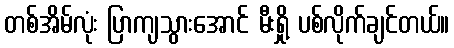
တစ်အိမ်လုံး ပြာကျသွားအောင် မီးရှို့ ပစ်လိုက်ချင်တယ်။